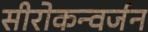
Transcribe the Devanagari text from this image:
सीरोकन्वर्जन